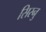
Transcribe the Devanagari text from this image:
सिस्नु